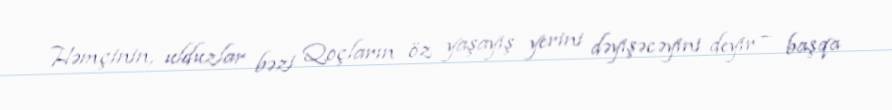
Həmçinin, ulduzlar bəzi Qoçların öz yaşayış yerini dəyişəcəyini deyir – başqa